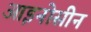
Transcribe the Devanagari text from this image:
आइनोसीन